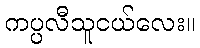
ကပ္ပလီသူငယ်လေး။